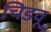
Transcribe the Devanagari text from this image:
चिडवू